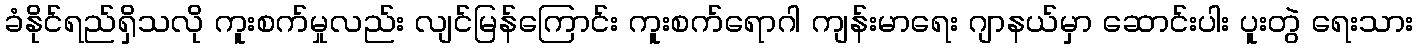
ခံနိုင်ရည်ရှိသလို ကူးစက်မှုလည်း လျင်မြန်ကြောင်း ကူးစက်ရောဂါ ကျန်းမာရေး ဂျာနယ်မှာ ဆောင်းပါး ပူးတွဲ ရေးသား